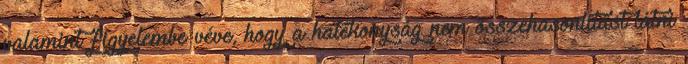
valamint figyelembe véve, hogy a hatékonyság nem összehasonlítást látni